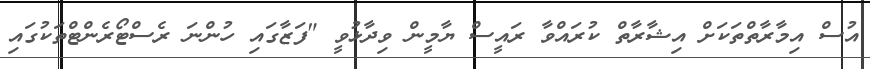
އުސް އިމާރާތްތަކަށް އިޝާރާތް ކުރައްވާ ރައީސް ޔާމީން ވިދާޅުވީ "ފަޒާގައި ހުންނަ ރެސްޓޯރެންޓްތަކުގައި